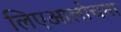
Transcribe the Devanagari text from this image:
लिएआलोचना